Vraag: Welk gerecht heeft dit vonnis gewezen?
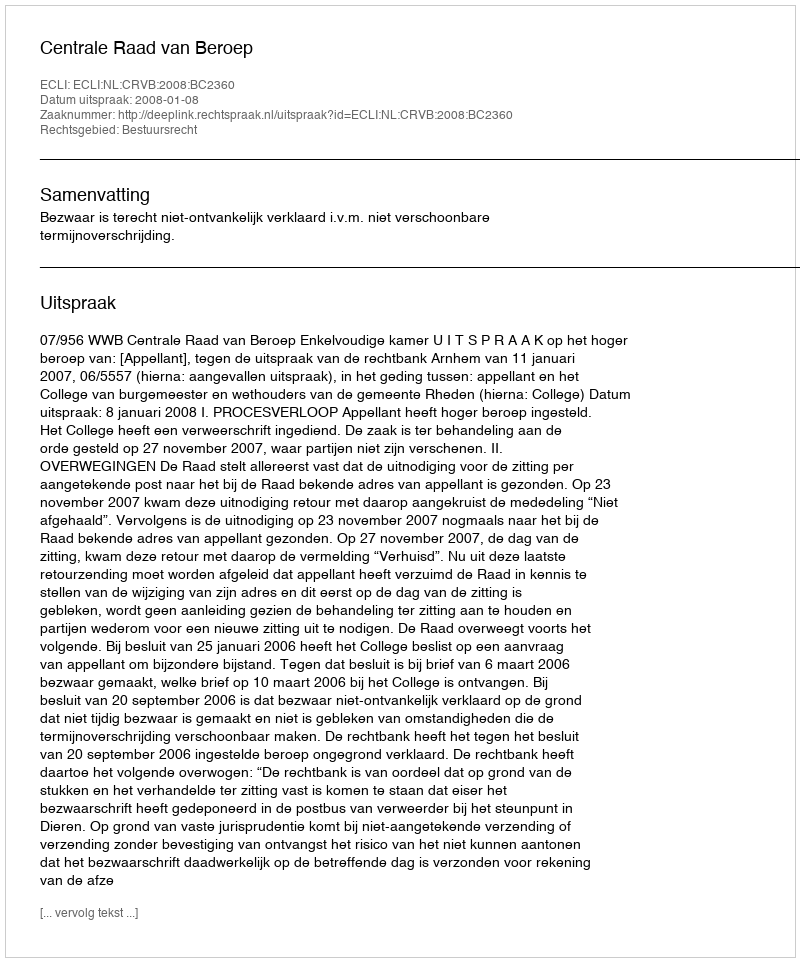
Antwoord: Centrale Raad van Beroep